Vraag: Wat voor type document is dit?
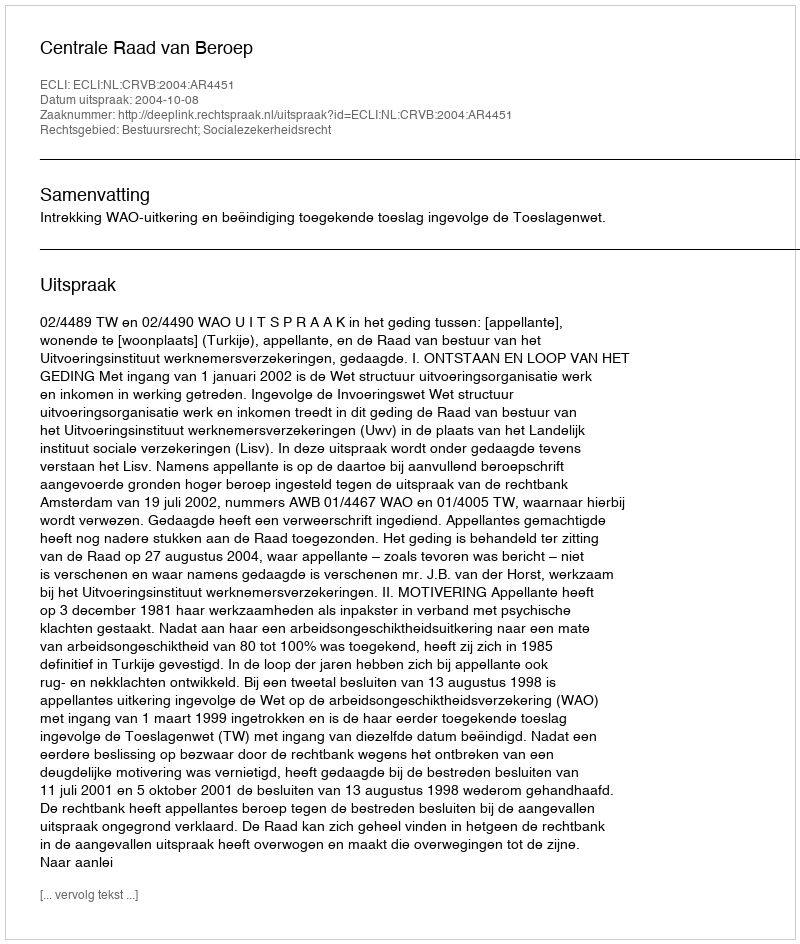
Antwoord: Uitspraak